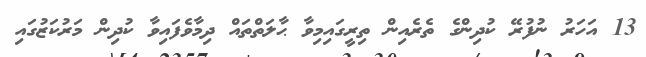
13 އަހަރު ނުފުރޭ ކުދިންގެ ތެރެއިން ތިރީގައިމިވާ ޙާލަތްތައް ދިމާވެފައިވާ ކުދިން މަރުކަޒުގައި